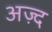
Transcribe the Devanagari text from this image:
अज़्द